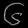
Digit: ၆